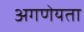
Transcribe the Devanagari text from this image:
अगणेयता